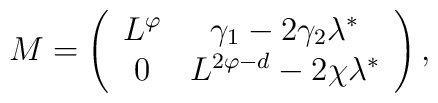
M=\left(\begin{array}{cc}L^{\varphi}  & \gamma_1-2\gamma_2\lambda^* \\0 & L^{2\varphi-d}-2\chi\lambda^*\end{array}\right),